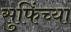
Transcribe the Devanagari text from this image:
सुफिंच्या